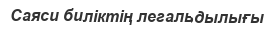
Саяси биліктің легальдылығы